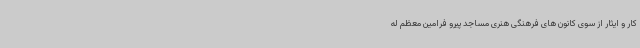
کار و ایثار از سوی کانون های فرهنگی هنری مساجد پیرو فرامین معظم له